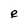
Character: e